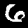
Digit: 6